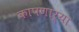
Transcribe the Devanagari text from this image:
कापणाऱ्या